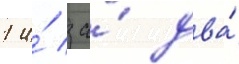
1 и́ за́ два́